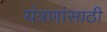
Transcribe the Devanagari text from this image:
यंत्रणांसाठी